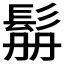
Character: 𩬥